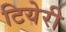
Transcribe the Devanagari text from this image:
टियेरी